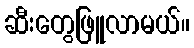
ဆီးတွေဖြူလာမယ်။